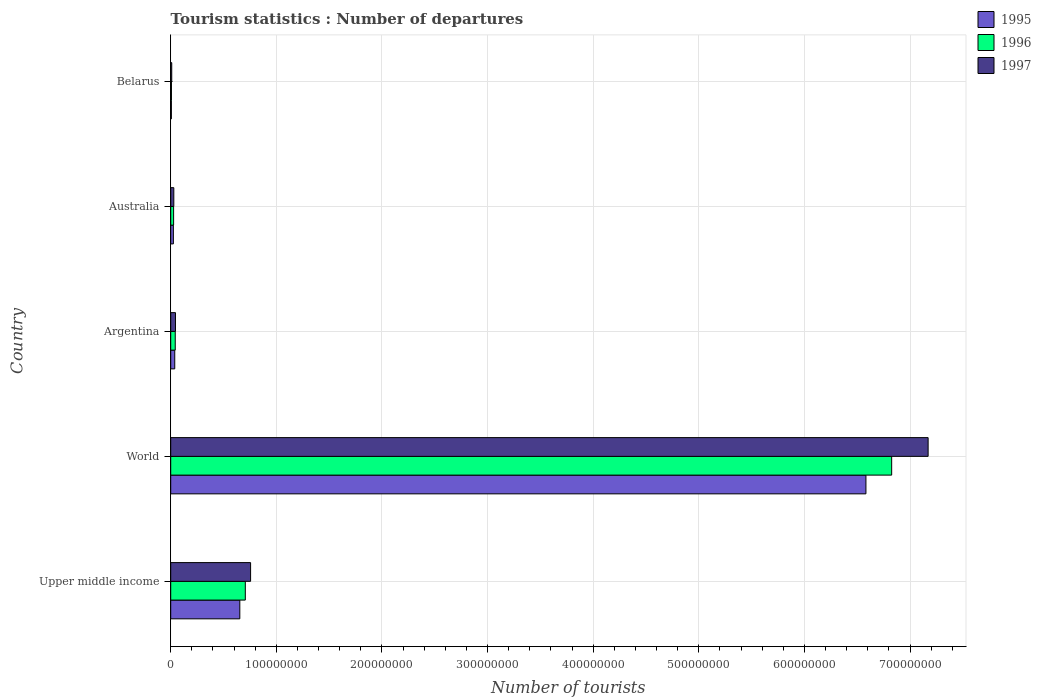
| Country | 1995 | 1996 | 1997 |
 | --- | --- | --- | --- |
 | Upper middle income | 6.54e+07 | 7.06e+07 | 7.56e+07 |
 | World | 6.58e+08 | 6.83e+08 | 7.17e+08 |
 | Argentina | 3.82e+06 | 4.3e+06 | 4.52e+06 |
 | Australia | 2.52e+06 | 2.73e+06 | 2.93e+06 |
 | Belarus | 6.26e+05 | 7.03e+05 | 9.69e+05 |